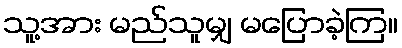
သူ့အား မည်သူမျှ မပြောခဲ့ကြ။